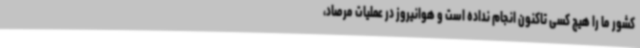
کشور ما را هیچ کسی تاکنون انجام نداده است و هوانیروز در عملیات مرصاد،